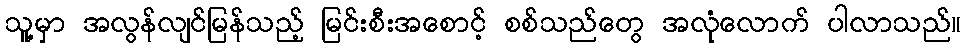
သူ့မှာ အလွန်လျင်မြန်သည့် မြင်းစီးအစောင့် စစ်သည်တွေ အလုံလောက် ပါလာသည်။